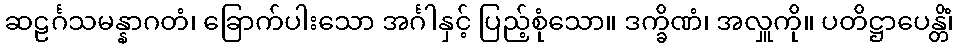
ဆဠင်္ဂသမန္နာဂတံ၊ ခြောက်ပါးသော အင်္ဂါနှင့် ပြည့်စုံသော။ ဒက္ခိဏံ၊ အလှူကို။ ပတိဋ္ဌာပေန္တိံ၊